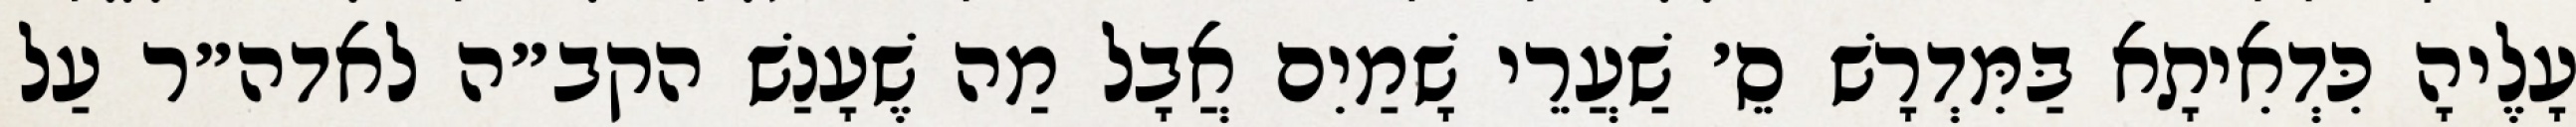
עָלֶיהָ כִּדְאִיתָא בַּמִּדְרָשׁ סֵ׳ שַׁעֲרֵי שָׁמַיִם אֲבָל מַה שֶׁעָנַשׁ הקב״ה לאדה״ר עַל